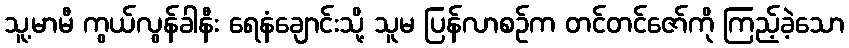
သူ့မာမီ ကွယ်လွန်ခါနီး ရေနံချောင်းသို့ သူမ ပြန်လာစဉ်က တင်တင်ဇော်ကို ကြည့်ခဲ့သော